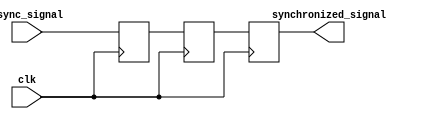
module two_flop_synchronizer (
    input wire clk,
    input wire async_signal,
    output reg synchronized_signal
);

reg flop1;
reg flop2;

always @(posedge clk) begin
    flop1 <= async_signal;
    flop2 <= flop1;
end

always @(posedge clk) begin
    synchronized_signal <= flop2;
end

endmodule